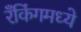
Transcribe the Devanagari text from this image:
रँकिंगमध्ये